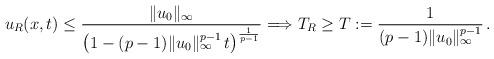
LaTeX: \begin{align*}u_R(x,t) \le \frac{\| u_0 \|_\infty}{\left( 1-(p-1) \| u_0 \|_\infty^{p-1} \, t \right)^{\frac{1}{p-1}}} \Longrightarrow T_R \ge T:= \frac{1}{(p-1) \| u_0 \|_\infty^{p-1}} \, .\end{align*}